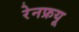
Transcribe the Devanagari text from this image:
रेनफ्रयू